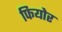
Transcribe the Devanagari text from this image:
फियोर